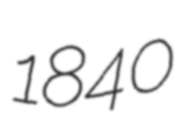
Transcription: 1840